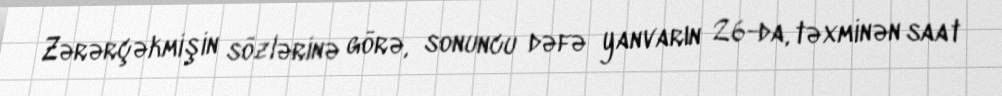
Zərərçəkmişin sözlərinə görə, sonuncu dəfə yanvarın 26-da, təxminən saat